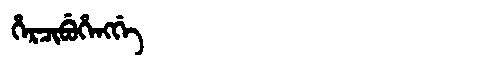
Manchu: ᡥᡝᡵᠴᡳᠪᡠᡥᡝᠩᡤᡝ
Romanization: HERCIBUHENGGE